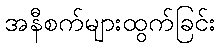
အနီစက်များထွက်ခြင်း